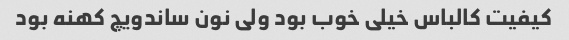
کیفیت کالباس خیلی خوب بود ولی نون ساندویچ کهنه بود